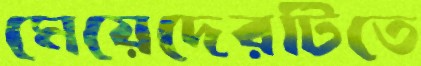
মেয়েদেরটিতে